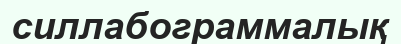
силлабограммалық